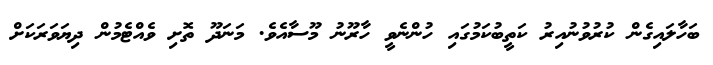
ބަހާލައިގެން ކުރުވުނުއިރު ކަތީބުކަމުގައި ހުންނެވީ ހާރޫނު މޫސާއެވެ. މަނަދޫ ތޮށި ވެއްޓެމުން ދިޔަވަރަކަށް